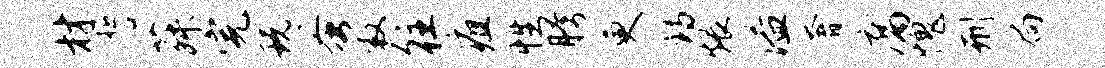
材誓菽完玩蚤救往疽性胯更诗煨溢奢腐愧刑扃